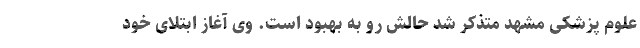
علوم پزشکی مشهد متذکر شد حالش رو به بهبود است. وی آغاز ابتلای خود